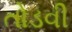
તોડવી